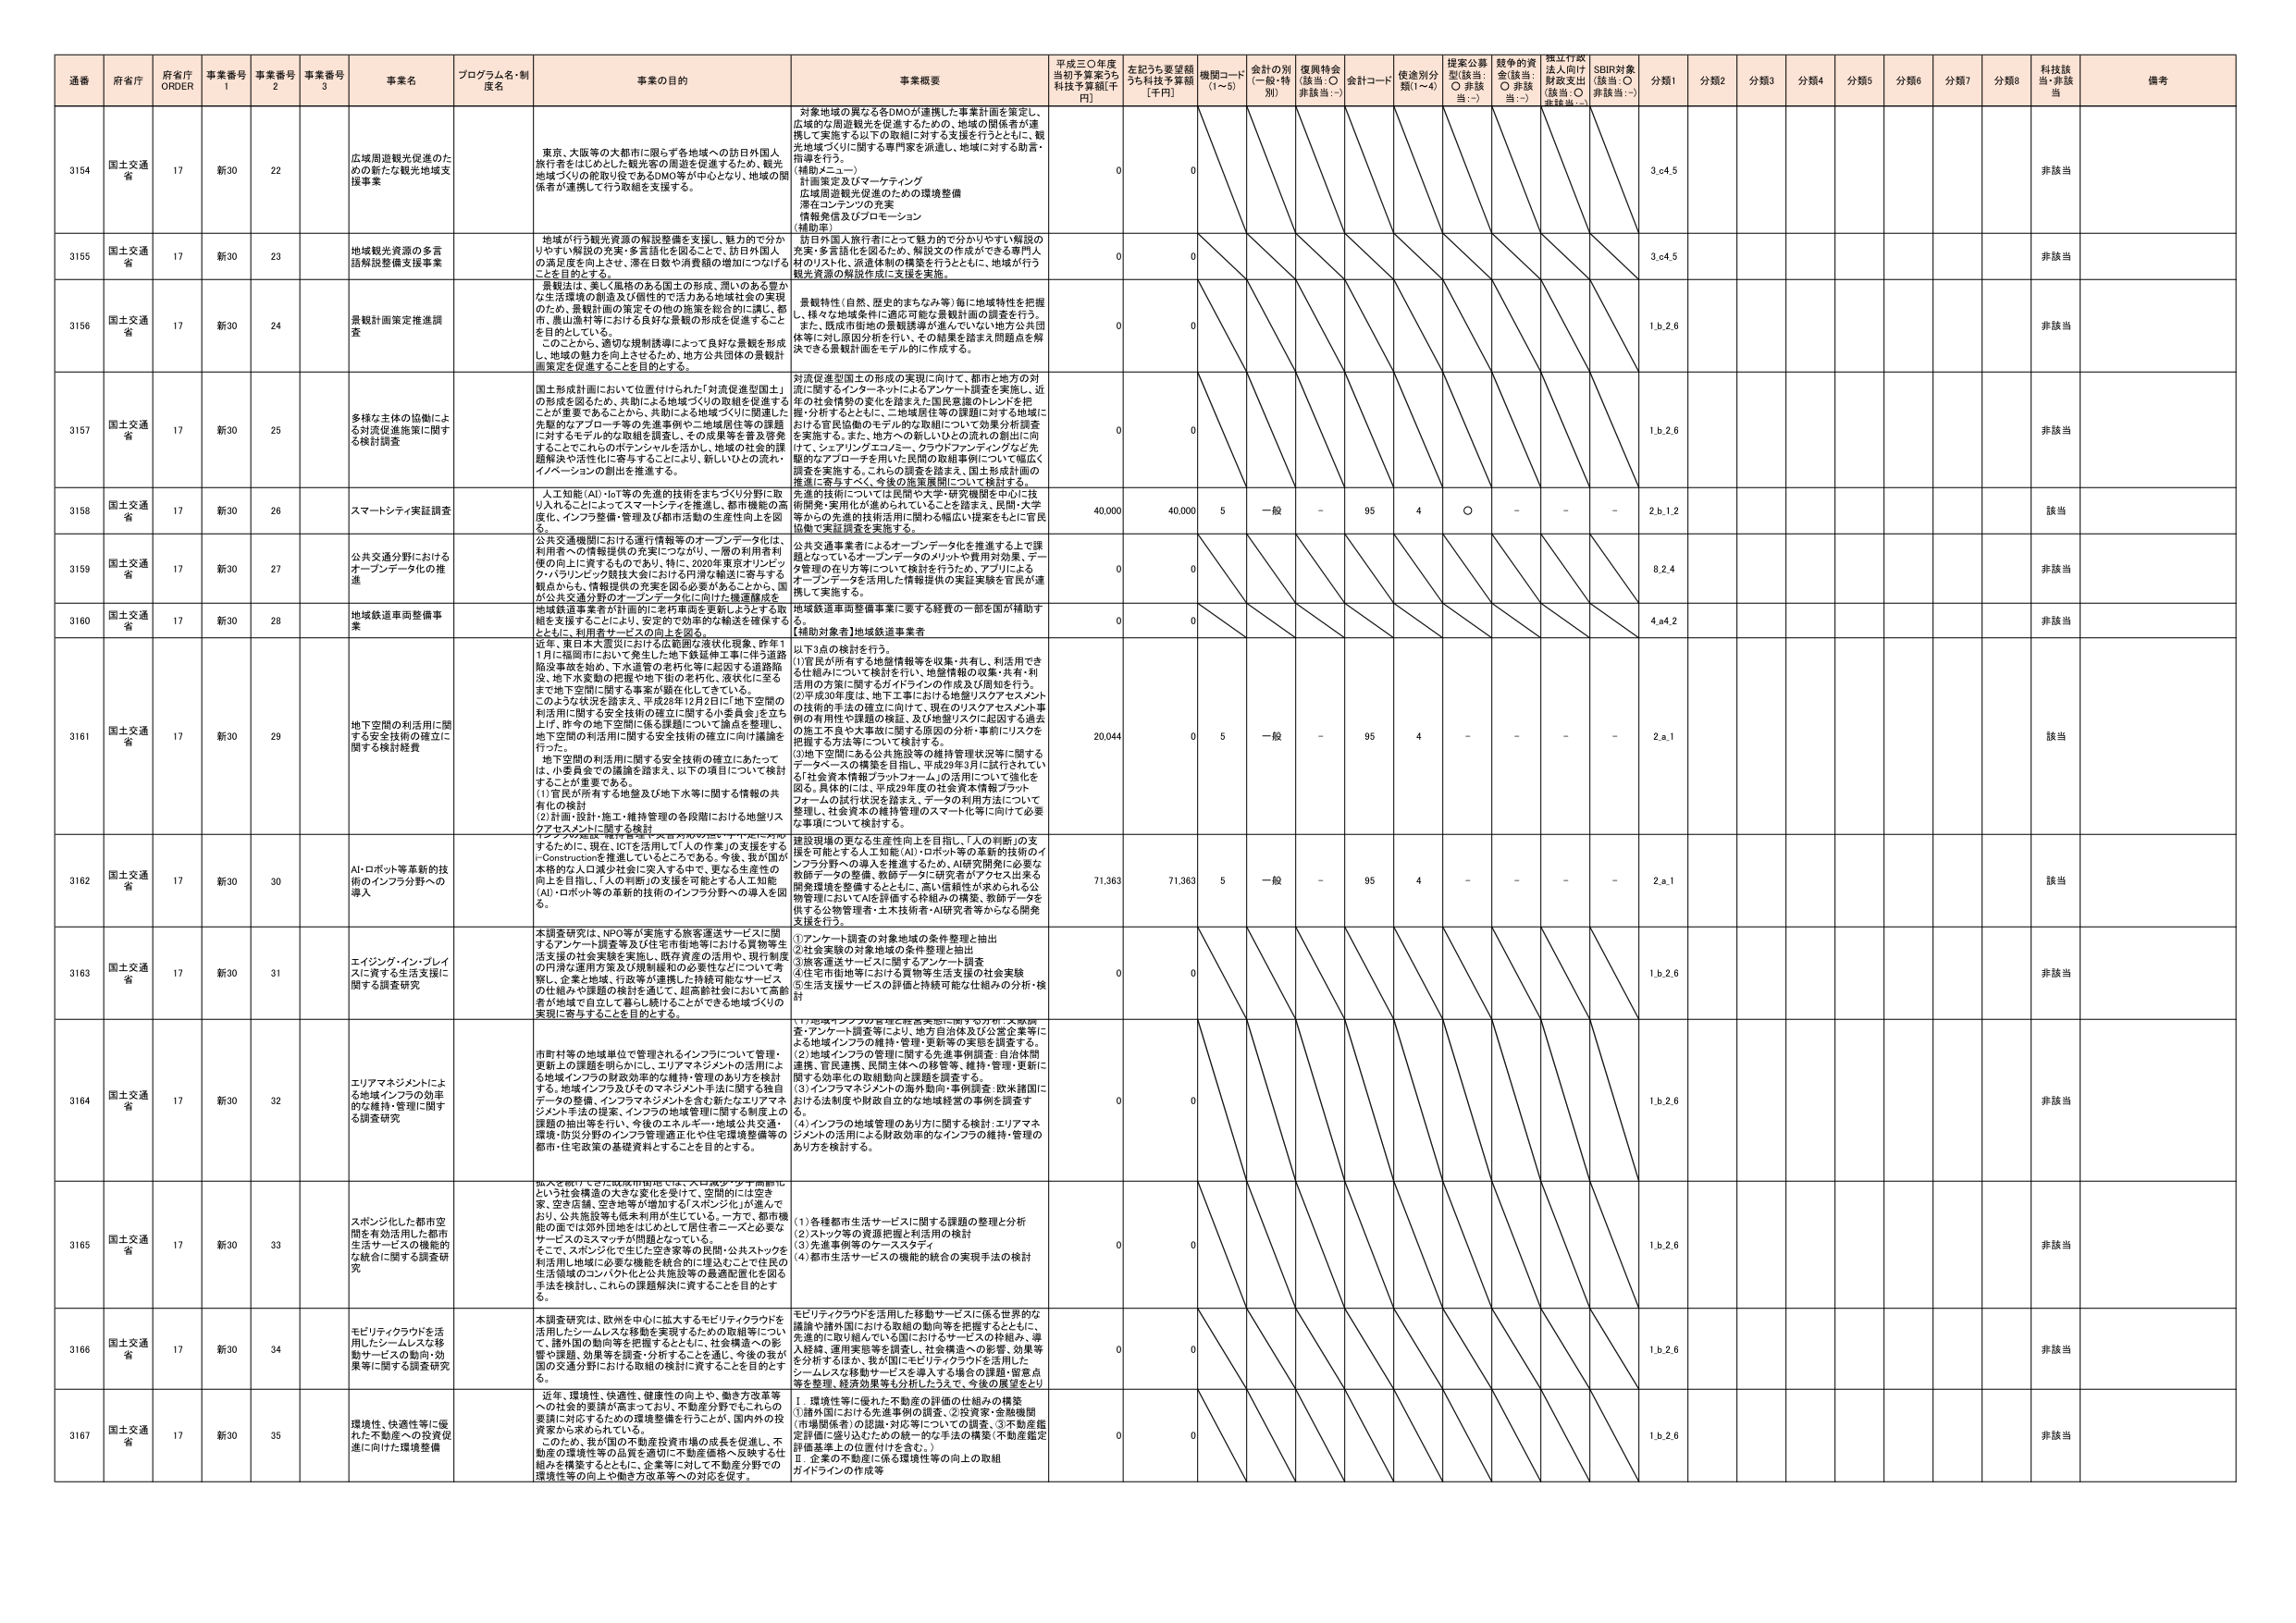
通番 府省庁 府省庁 ORDER 事業番号 1 事業番号 2 事業番号 3 事業名 プログラム名・制度名 事業の目的 事業概要 平成三〇年度当初予算案うち科技予算額[千円] 左記うち要望額うち科技予算額[千円] 機関コード(1～5) 金計の別(一般・特別) 復興特会(該当:○ 非該当:－) 会計コード 使途別分類(1～4) 提案公募型(該当:○ 非該当:－) 越年の資金(該当:○ 非該当:－) 採択行政法人向け財政支出(該当:○ 非該当:－) SBIR対象(該当:○ 非該当:－) 分類1 分類2 分類3 分類4 分類5 分類6 分類7 分類8 科技該当 備考

3154 国土交通省 17 新30 22 広域周遊観光促進のための新たな観光地域支援事業 東京、大阪等の大都市に限らず各地域への訪日外国人旅行者をはじめとした観光客の周遊を促進するため、観光地域づくりの舵取り役であるDMO等を中心となり、地域の関係者が連携して行う取組を支援する。 対象地域の異なる各DMOが連携した事業計画を策定し、広域的な周遊観光を促進するための、地域の関係者が連携して実施する以下の取組に対する支援を行うとともに、観光地域づくりに関する専門家を派遣し、地域に対する助言・指導を行う。 (補助メニュー) 計画策定及びマーケティング 広域周遊観光促進のための環境整備 潜在コンテンツの充実 情報発信及びプロモーション (補助基) 0 0 3.c4.5 非該当

3155 国土交通省 17 新30 23 地域観光資源の多言語解説整備支援事業 地域が行う観光資源の解説整備を支援し、魅力的で分かりやすい解説の充実・多言語化を図ることで、訪日外国人の満足度を向上させ、滞在日数や消費額の増加につなげることを目的とする。 訪日外国人旅行者にとって魅力的で分かりやすい解説の充実・多言語化を図るため、解説文の作成ができる専門人材のリスト化、派遣体制の構築を行うとともに、地域が行う観光資源の解説作成に支援を実施。 0 0 3.c4.5 非該当

3156 国土交通省 17 新30 24 景観計画策定推進調査 景観法は、美しく風格のある国土の形成、美しいのある豊かな生活環境の創造及び個性のて活力ある地域社会の実現のため、景観計画の策定その他の施策を総合的に講じ、都市、農山漁村等における良好な景観の形成を促進することを目的としている。 このことから、適切な規制誘導によって良好な景観を形成し、地域の魅力を向上させるため、地方公共団体の景観計画策定を促進することを目的とする。 景観特性（自然、歴史的まちなみ等）毎に地域特性を把握し、様々な地域条件に適応可能な景観計画の調査を行う。また、既存市街地の景観誘導が進んでいない地方公共団体等に対し原則分析を行い、その結果を踏まえ問題点を解決できる景観計画をモデル的に作成する。 0 0 1.b.2.6 非該当

3157 国土交通省 17 新30 25 多様な主体の協働による対流促進施策に関する検討調査 国土形成計画において位置付けられた「対流促進型国土」の形成を図るため、共創による地域づくりの取組を促進することが重要であることから、共創による地域づくりに関連した先駆的なアプローチ等の先進事例や二地域居住等の課題に対するモデル的な取組を調査し、その成果等を普及啓発することでこれからのポテンシャルを活かし、地域の社会的課題解決や活性化に寄与することにより、新しいひとの流れ・イノベーションの創出を推進する。 対流促進型国土の形成の実現に向けて、都市と地方の対流に関するインターネットによるアンケート調査を実施し、近年の社会情勢の変化を踏まえた国民意識のトレンドを把握・分析するとともに、一地域居住等の課題に対する地域における官民協働のモデル的な取組について効果分析調査を実施する。また、地方への新しいひとの流れの創出に向け、シェアリングエコノミー、クラウドファンディングなど先駆的なアプローチを活用した民間の取組事例について幅広く調査を実施する。これらの調査を踏まえ、国土形成計画の推進に寄与すべく、今後の施策展開について検討する。 0 0 1.b.2.6 非該当

3158 国土交通省 17 新30 26 スマートシティ実証調査 人工知能(AI)・IoT等の先進的技術をまちづくり分野に取り入れることによってスマートシティを推進し、都市機能の高度化、インフラ整備・管理及び都市活動の生産性向上を図る。 先進的技術については民間や大学・研究機関を中心に技術開発・実用化が進められていることを踏まえ、民間・大学等からの先進的技術活用に関わる幅広い提案をもとに官民協働で実証調査を実施する。 40,000 40,000 5 一般 - 95 4 ○ - - - 2.b.1.2 該当

3159 国土交通省 17 新30 27 公共交通分野におけるオープンデータ化の推進 公共交通機関における運行情報等のオープンデータ化は、利用者への情報提供の充実につながり、一層の利用者利便の向上に資するものであり、特に、2020年東京オリンピック・パラリンピック競技大会における円滑な輸送に寄与する観点からも、情報提供の充実を図る必要があることから、国が公共交通分野のオープンデータ化に向けた機運醸成を 公共交通事業者によるオープンデータ化を推進する上で課題となっているオープンデータのメリットや費用対効果、データ管理の在り方等について検討を行うため、アプリによるオープンデータを活用した情報提供の実証実験を官民が連携して実施する。 0 0 8.2.4 非該当

3160 国土交通省 17 新30 28 地域鉄道車両整備事業 地域鉄道事業者が計画的に老朽車両を更新しようとする取組を支援することにより、安定的で効率的な輸送を確保するとともに、利用者サービスの向上を図る。 地域鉄道車両整備事業に要する経費の一部を国が補助する。 (補助対象者)地域鉄道事業者 0 0 4.a4.2 非該当

3161 国土交通省 17 新30 29 地下空間の利活用に関する検討経費 近年、東日本大震災における広範囲な液状化現象、昨年11月に福岡市において発生した地下鉄延伸工事に伴う道路陥没事故を始め、下水道管の老朽化等に起因する道路陥没、地下火薬庫の把握や地下街の老朽化、液状化に至るまで地下空間に関する事案が顕在化してきている。このような状況を踏まえ、平成28年12月2日に「地下空間の利活用に関する安全技術の確立に関する小委員会」を立ち上げ、昨今の地下空間に係る課題について調査を整理し、地下空間の利活用に関する安全技術の確立に向けた議論を行った。 地下空間の利活用に関する安全技術の確立にあたっては、小委員会での議論を踏まえ、以下の項目について検討することが重要である。 (1)官民が所有する地盤及び地下水等に関する情報の共有化の検討 (2)計画・設計・施工・維持管理の各段階における地盤リスクアセスメントに関する検討 以下3点の検討を行う。 (1)官民が所有する地盤情報を収集・共有し、利活用できる仕組みについて検討を行い、地盤情報の収集・共有・利活用の方案に関するガイドラインの作成及び周知を行う。 (2)平成30年度は、地下工事における地盤リスクアセスメントの技術的手法の確立に向けて、現在のリスクアセスメント事例の有無性や課題の検証、及び地盤リスクに起因する過去の施工不良や大事故に関する原因の分析・事例(リスクを把握する方法等)について検討する。 (3)地下空間にある公共施設等の維持管理状況等に関するデータベースの構築を目指し、平成29年3月に試行されている「社会資本情報プラットフォーム」の活用について強化を図る。具体的には、平成29年度の社会資本情報プラットフォームの試行状況を踏まえ、データの利用方法について整理し、社会資本の維持管理のスマート化等に向けて必要な事項について検討する。 20,044 0 5 一般 - 95 4 - - - - 2.a.1 該当

3162 国土交通省 17 新30 30 AI・ロボット等革新的技術のインフラ分野への導入 本研究は、ICTを活用して「人の作業」の支援をする「Constructionを推進しているところである。今後、我が国が本格的な人口減少社会に突入する中で、更なる生産性の向上を目指し、「人の判断」の支援を可能とする人工知能(AI)・ロボット等の革新的技術のインフラ分野への導入を図る。 建設現場の更なる生産性向上を目指し、「人の判断」の支援を可能とする人工知能(AI)・ロボット等の革新的技術のインフラ分野への導入を推進するため、AI研究開発に必要な教師データの整備、教師データに研究者がアクセス出来る開発環境を整備するとともに、高い信頼性が求められる公物管理においてAIを活用する枠組みの構築、教師データを供する公物管理者・土木技術者・AI研究者等からなる開発支援を行う。 71,363 71,363 5 一般 - 95 4 - - - - 2.a.1 該当

3163 国土交通省 17 新30 31 エイジング・イン・プレイする安全技術の確立に関する調査研究 本調査研究は、NPO等が実施する旅客運送サービスに関するアンケート調査等及び住宅市場等における賃貸等生活支援の社会実験を実施し、既存資源の活用や、既存制度の円滑な運用方策及び規制緩和の必要性などについて考察し、企業と地域、行政等が連携した持続可能なサービスの仕組みや課題の検討を通じて、超高齢社会において高齢者が地域で自立して暮らし続けることができる地域づくりの実現に寄与することを目的とする。 ①アンケート調査の対象地域の条件整理と抽出 ②社会実験の対象地域の条件整理と抽出 ③旅客運送サービスに関するアンケート調査 ④住宅市場等生活支援の社会実験 ⑤生活支援サービスの評価と持続可能な仕組みの分析・検討 0 0 1.b.2.6 非該当

3164 国土交通省 17 新30 32 エリアマネジメントによる地域インフラの効率的な維持・管理に関する調査研究 市町村等の地域単位で管理されるインフラについて管理・更新上の課題を明らかにし、エリアマネジメントの活用による地域インフラの財政効率的な維持・管理のあり方を検討する。地域インフラ及びそのマネジメント手法に関する独自データの整備、インフラマネジメントを含む新たなエリアマネジメント手法の提案、インフラの地域管理に関する制度上の課題の抽出等を行い、今後のエネルギー・地域公共交通・環境・防災分野のインフラ管理適正化や住宅課題整備等の都市・住宅政策の基礎資料とすることを目的とする。 ①「地域インフラ管理と経営実態に関する分析・実態調査」アンケート調査等により、地方自治体及び公営企業等による地域インフラの維持・管理・更新等の実態を調査する。 ②地域インフラの管理に関する先進事例調査：自治体間連携、官民連携、民間主体への移管等、維持・管理・更新に関する効果化の取組動向と課題を調査する。 ③インフラマネジメントの海外動向・事例調査：欧米諸国における法制度や財政自立的な地域経営の事例を調査する。 ④インフラの地域管理のあり方に関する検討：エリアマネジメントの活用による財政効率的なインフラの維持・管理のあり方を検討する。 0 0 1.b.2.6 非該当

3165 国土交通省 17 新30 33 スポンジ化した都市空間を有効活用した都市生活サービスの機能的な統合に関する調査研究 都市を続けてきた既成市街地では、人口減少・少子高齢化という社会構造の大きな変化を受け、空間的には空き家、空き店舗、空き地等が増加する「スポンジ化」が進んでおり、公共施設等も低未利用が生じている。一方、都市機能の面では郊外団地をはじめとして居住者ニーズと必要なサービスのミスマッチが問題となっている。そこで、スポンジ化で生じた空き家等の民間・公共ストックを利活用し地域に必要な機能を統合的に埋込むことで住民の生活領域のコンパクト化と公共施設等の最適配置化を図る手法を検討し、これらの課題解決に資することを目的とする。 (1)各種都市生活サービスに関する課題の整理と分析 (2)ストック等の資源把握と利活用の検討 (3)先進事例等のケーススタディ (4)都市生活サービスの機能的統合の実現手法の検討 0 0 1.b.2.6 非該当

3166 国土交通省 17 新30 34 モビリティクラウドを活用したシームレスな移動サービスの動向・効果等に関する調査研究 本調査研究は、欧州を中心に拡大するモビリティクラウドを活用したシームレスな移動を実現するための取組等について、諸外国の動向等を把握するとともに、社会構造への影響や課題、効果等を分析することを通じ、今後の我が国の交通分野における取組の検討に資することを目的とする。 モビリティクラウドを活用した移動サービスに係る世界的な議論や諸外国における取組の動向等を把握するとともに、先進的に取り組んでいる国におけるサービスの枠組み、導入経緯、運用実態等を調査し、社会構造への影響、効果等を分析するほか、我が国にモビリティクラウドを活用したシームレスな移動サービスを導入する場合の課題・留意点等を整理、経済効果等も分析したうえで、今後の展望をとり 0 0 1.b.2.6 非該当

3167 国土交通省 17 新30 35 環境性、快適性等に優れた不動産への投資促進に向けた環境整備 近年、環境性、快適性、健康性の向上や、働き方改革等への社会的要請が高まっており、不動産分野でもこれらの要請に対応するための環境整備を行うことが、国内外の投資家から求められている。 このため、我が国の不動産投資市場の成長を促進し、不動産の環境性等の品質を適切に不動産価格へ反映する仕組みを構築するとともに、企業等に対して不動産分野での環境性等の向上や働き方改革等への対応を促す。 Ⅰ．環境性等に優れた不動産の評価の仕組みの構築 ①諸外国における先進事例の調査、②投資家・金融機関（市場関係者）の認識・対応等についての調査、③不動産鑑定評価に盛り込むための統一的な手法の構築（不動産鑑定評価基準上の位置付けを含む。） Ⅱ．企業の不動産に係る環境性等の向上の取組ガイドラインの作成等 0 0 1.b.2.6 非該当